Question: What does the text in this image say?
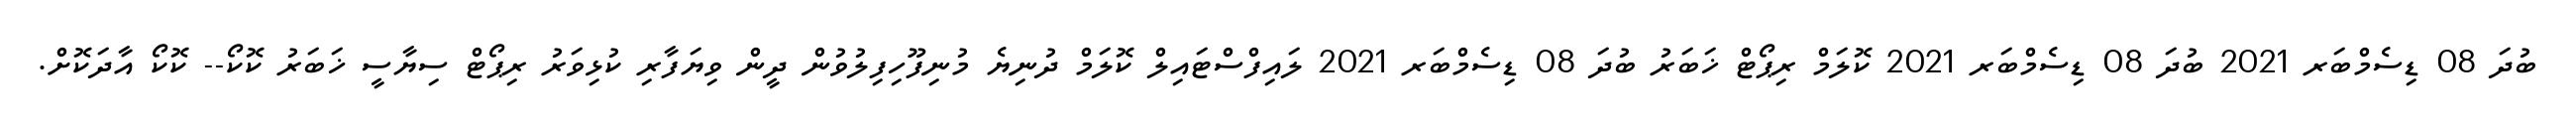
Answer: ބުދަ 08 ޑިސެމްބަރ 2021 ބުދަ 08 ޑިސެމްބަރ 2021 ކޮލަމް ރިޕޯޓް ޚަބަރު ބުދަ 08 ޑިސެމްބަރ 2021 ލައިފްސްޓައިލް ކޮލަމް ދުނިޔެ މުނިފޫހިފިލުވުން ދީން ވިޔަފާރި ކުޅިވަރު ރިޕޯޓް ސިޔާސީ ޚަބަރު ކޮކޯ-- ކޮކޯ އާދަކޮށް.